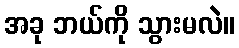
အခု ဘယ်ကို သွားမလဲ။